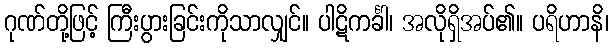
ဂုဏ်တို့ဖြင့် ကြီးပွားခြင်းကိုသာလျှင်။ ပါဋိကင်္ခါ၊ အလိုရှိအပ်၏။ ပရိဟာနိ၊